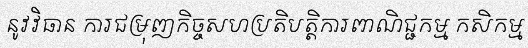
នូវវិធាន ការជម្រុញកិច្ចសហប្រតិបត្តិការពាណិជ្ជកម្ម កសិកម្ម